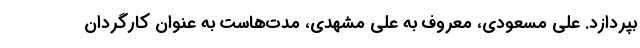
بپردازد. علی مسعودی، معروف به علی مشهدی، مدت‌هاست به عنوان کارگردان